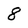
Character: 8